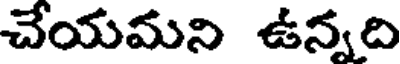
చేయమని ఉన్నది